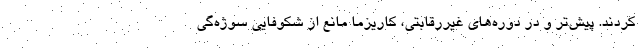
کردند. پیش‌تر و در دوره‌های غیررقابتی، کاریزما مانع از شکوفایی سوژه‌گی